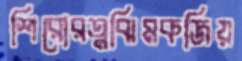
শিরোরত্নঝিমকজিয়